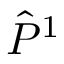
\hat { \cal P } ^ { 1 }